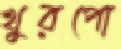
খুরপো